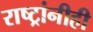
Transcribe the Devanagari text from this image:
राष्ट्रांनीही